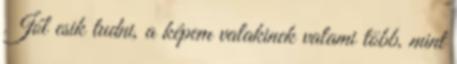
Jól esik tudni, a képem valakinek valami több, mint